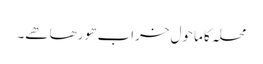
محلہ کا ماحول خراب ھو رھا ھے۔